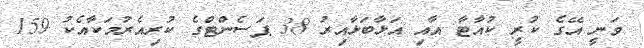
ވަނީ އޭގެ ކުރީ ކުއާޓާ އާއި އަޅާބަޅާއިރު 38 ޕަސެންޓްގެ ކުރިއެރުމަކާއެކު 159